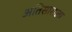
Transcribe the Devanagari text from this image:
अतिसाराला